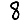
Digit: 8